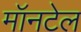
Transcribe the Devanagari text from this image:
मॉनटेल